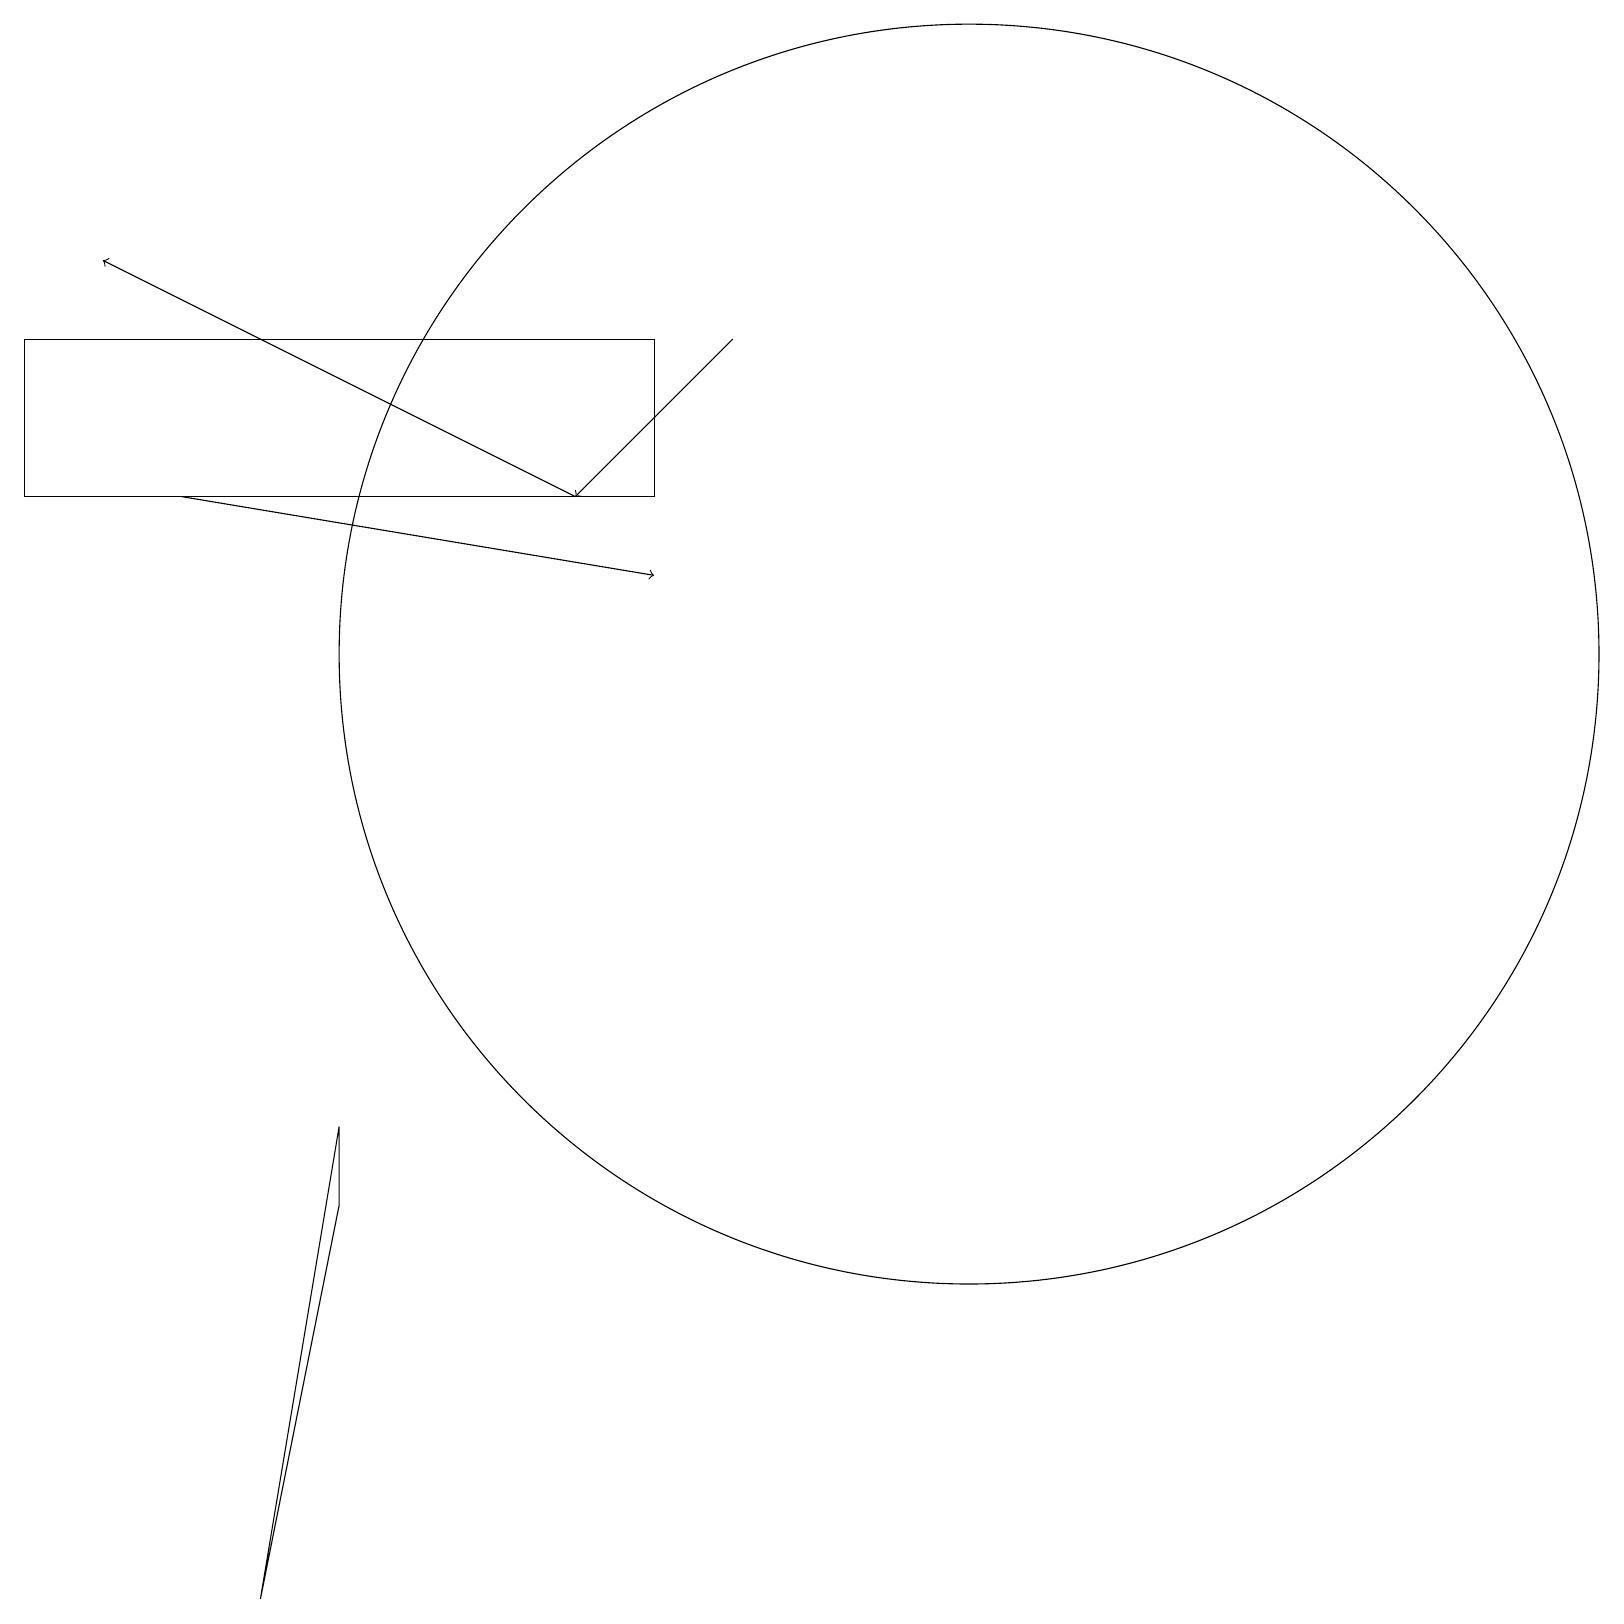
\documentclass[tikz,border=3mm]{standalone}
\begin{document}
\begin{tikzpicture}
\draw (8,14) rectangle (0,16);
\draw (4,5) -- (3,0) -- (4,6) -- cycle;
\draw[->] (9,16) -- (7,14);
\draw[->] (7,14) -- (1,17);
\draw[->] (2,14) -- (8,13);
\draw (12,12) circle (8);
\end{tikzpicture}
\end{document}